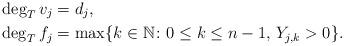
LaTeX: \begin{align*} \deg_T v_j &= d_j,\\ \deg_T f_j &= \max \{ k \in \mathbb{N} \colon 0 \le k \le n-1,\, Y_{j, k} > 0 \} . \end{align*}